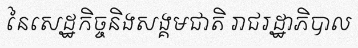
នៃសេដ្ឋកិច្ចនិងសង្គមជាតិ រាជរដ្ឋាភិបាល